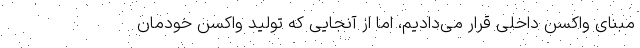
مبنای واکسن داخلی قرار می‌دادیم، اما از آنجایی که تولید واکسن خودمان